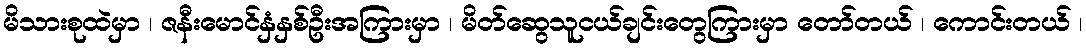
မိသားစုထဲမှာ ၊ ဇနီးမောင်နှံနှစ်ဦးအကြားမှာ ၊ မိတ်ဆွေသူငယ်ချင်းတွေကြားမှာ တော်တယ် ၊ ကောင်းတယ် ၊